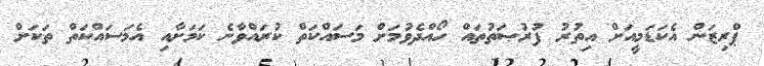
ޕްރިޒަން އެކަޑަމީއަށް އިތުރު ފުރުޞަތުތައް ހޯއްދެވުމަށް މަސައްކަތް ކުރައްވާނެ ކަމަށާއި އެމަސައްކަތް ތަކަށް